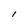
Character: I